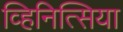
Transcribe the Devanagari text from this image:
व्हिनित्सिया